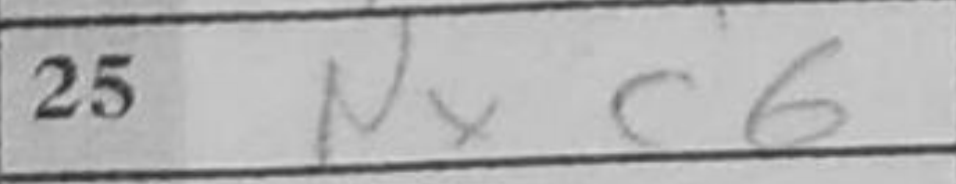
Transcription: Nxc6